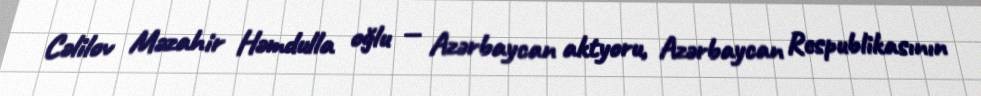
Cəlilov Məzahir Həmdulla oğlu — Azərbaycan aktyoru, Azərbaycan Respublikasının